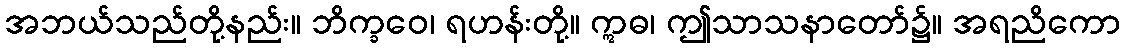
အဘယ်သည်တို့နည်း။ ဘိက္ခဝေ၊ ရဟန်းတို့။ ဣဓ၊ ဤသာသနာတော်၌။ အရညိကော